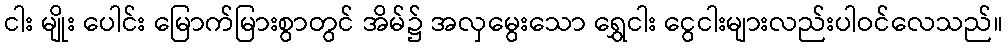
ငါး မျိုး ပေါင်း မြောက်မြားစွာတွင် အိမ်၌ အလှမွေးသော ရွှေငါး ငွေငါးများလည်းပါဝင်လေသည်။